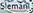
Slemani